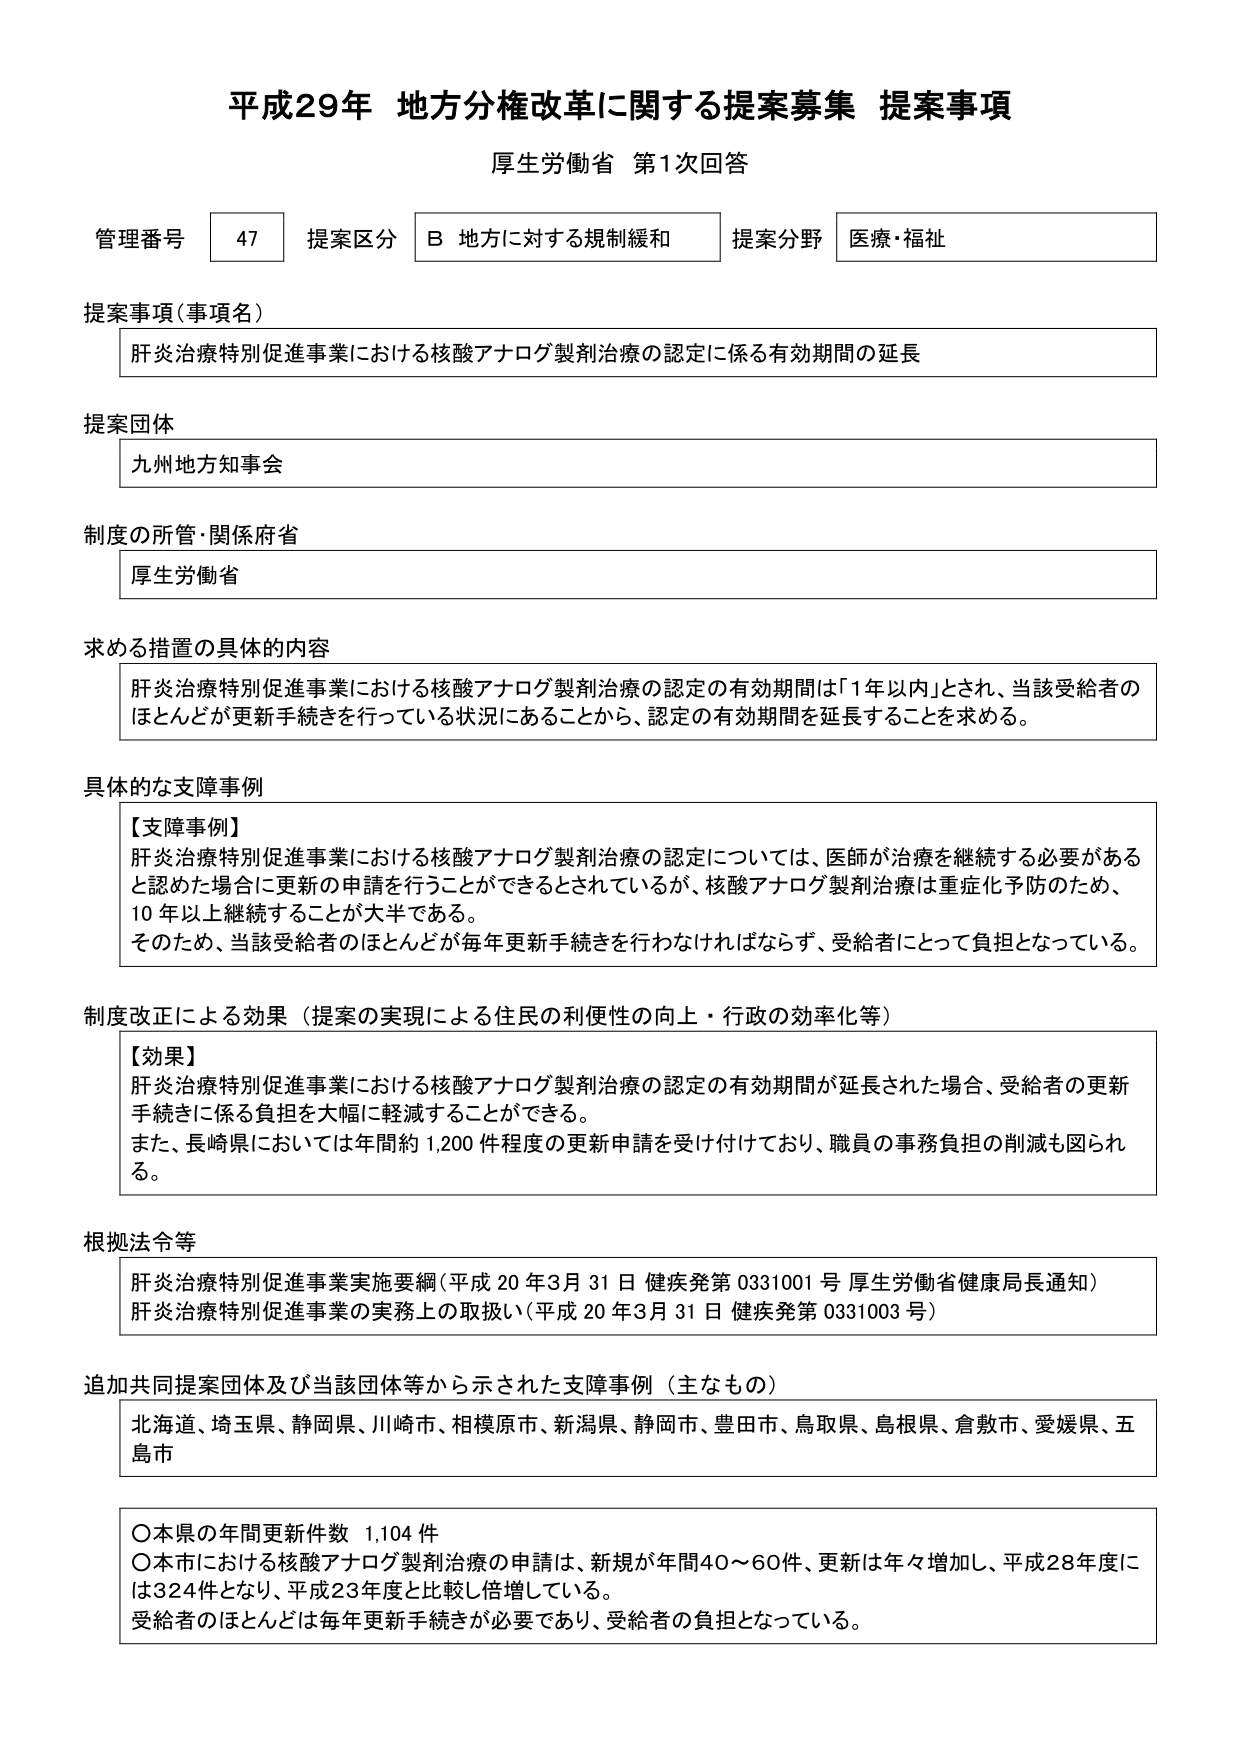
平成29年 地方分権改革に関する提案募集 提案事項
厚生労働省 第1次回答

管理番号 47 提案区分 B 地方に対する規制緩和 提案分野 医療・福祉

提案事項（事項名）
肝炎治療特別促進事業における核酸アナログ製剤治療の認定に係る有効期間の延長

提案団体
九州地方知事会

制度の所管・関係府省
厚生労働省

求める措置の具体的な内容
肝炎治療特別促進事業における核酸アナログ製剤治療の認定の有効期間は「1年以内」とされ、当該受給者のほとんどが更新手続きを行っている状況にあることから、認定の有効期間を延長することを求める。

具体的な支障事例
【支障事例】
肝炎治療特別促進事業における核酸アナログ製剤治療の認定については、医師が治療を継続する必要があると認めた場合に更新の申請を行うことができるとしているが、核酸アナログ製剤治療は重症化予防のため、10年以上継続することが大半である。
そのため、当該受給者のほとんどが毎年更新手続きを行わなければならず、受給者にとって負担となっている。

制度改正による効果（提案の実現による住民の利便性の向上・行政の効率化等）
【効果】
肝炎治療特別促進事業における核酸アナログ製剤治療の認定の有効期間が延長された場合、受給者の更新手続きに係る負担を大幅に軽減することができる。
また、長崎県においては年間約1,200件程度の更新申請を受け付けており、職員の事務負担の削減も図られる。

根拠法令等
肝炎治療特別促進事業実施要綱（平成20年3月31日 健疾発第0331001号 厚生労働省健康局長通知）
肝炎治療特別促進事業の実務上の取扱い（平成20年3月31日 健疾発第0331003号）

追加共同提案団体及び当該団体等から示された支障事例（主なもの）
北海道、埼玉県、静岡県、川崎市、相模原市、新潟県、静岡市、豊田市、鳥取県、島根県、倉敷市、愛媛県、五島市

〇本県の年間更新件数 1,104件
〇本市における核酸アナログ製剤治療の申請は、新規が年間40～60件、更新は年々増加し、平成28年度には324件となり、平成23年度と比較し倍増している。
受給者のほとんどは毎年更新手続きが必要であり、受給者の負担となっている。